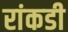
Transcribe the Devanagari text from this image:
रांकडी